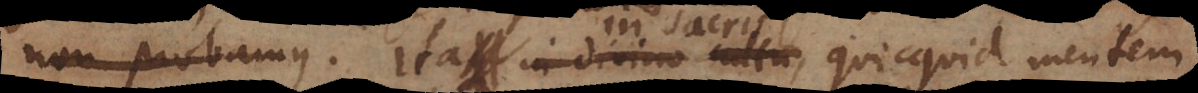
et avertunt. Ita in divino cultu, quicquid mentem